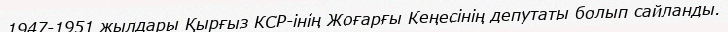
1947-1951 жылдары Қырғыз КСР-інің Жоғарғы Кеңесінің депутаты болып сайланды.